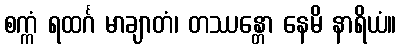
စက္ကံ ရထင်္ဂ မာချာတံ၊ တဿန္တော နေမိ နာရိယံ။